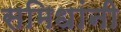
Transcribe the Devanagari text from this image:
समिधांनी